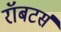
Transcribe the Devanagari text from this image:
रॉबटर्स